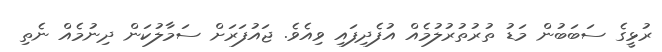
ރުޅީގެ ސަބަބުން މަޑު ތުރުތުރުލުމެއް އުފެދިފައި ވިއެވެ. ޖައުފަރަށް ސަމާލުކަން ދިނުމެއް ނެތި